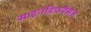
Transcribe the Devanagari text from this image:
साइनडिफ़रेंसेज़